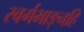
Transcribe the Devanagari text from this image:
स्वर्गभाङ्नहि